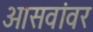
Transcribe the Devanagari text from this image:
आसवांवर